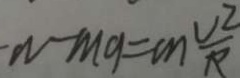
m g = m \frac { V ^ { 2 } } { R }